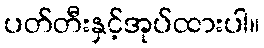
ပတ်တီးနှင့်အုပ်ထားပါ။